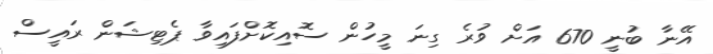
އޭނާ ބުނީ 670 އަށް ވުރެ ގިނަ މީހުން ސޮއިކޮށްފައިވާ ޕެޓިޝަން ރައީސް